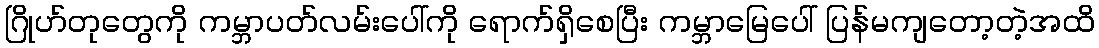
ဂြိုဟ်တုတွေကို ကမ္ဘာပတ်လမ်းပေါ်ကို ရောက်ရှိစေပြီး ကမ္ဘာမြေပေါ် ပြန်မကျတော့တဲ့အထိ